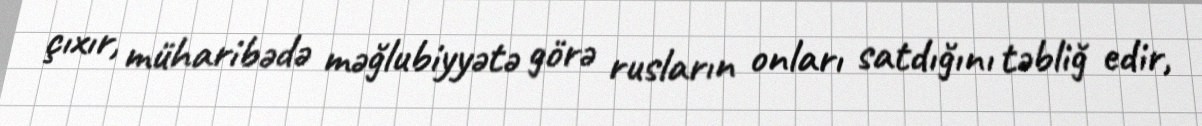
çıxır, müharibədə məğlubiyyətə görə rusların onları satdığını təbliğ edir,